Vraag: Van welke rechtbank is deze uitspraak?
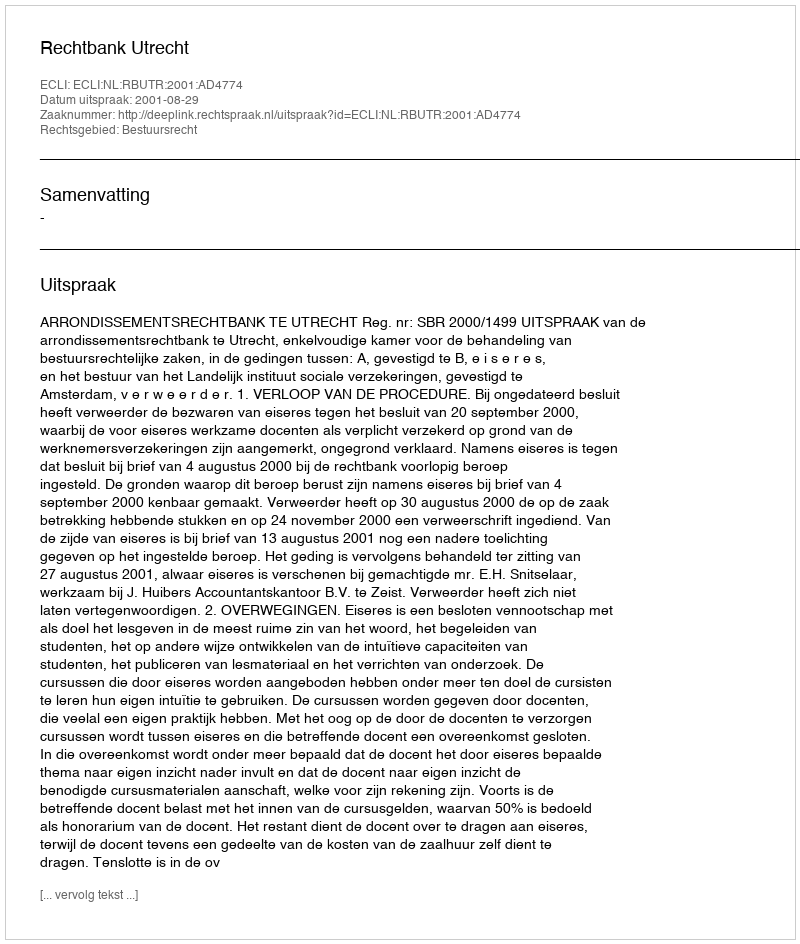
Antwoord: Rechtbank Utrecht